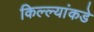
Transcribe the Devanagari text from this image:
किल्ल्यांकडे